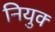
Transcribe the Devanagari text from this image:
नियुक्‍